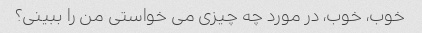
خوب، خوب، در مورد چه چیزی می خواستی من را ببینی؟